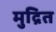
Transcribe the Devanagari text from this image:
मुद्रित